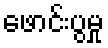
ဖောင်းပွမှု